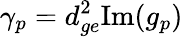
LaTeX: \gamma_{p}=d_{ge}^{2}\mathrm{Im}(g_{p})